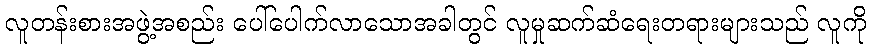
လူတန်းစားအဖွဲ့အစည်း ပေါ်ပေါက်လာသောအခါတွင် လူမှုဆက်ဆံရေးတရားများသည် လူကို